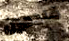
قادمين